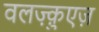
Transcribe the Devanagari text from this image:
वलज़्क़ुएज़